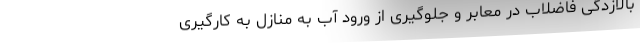
بالازدگی فاضلاب در معابر و جلوگیری از ورود آب به منازل به کارگیری